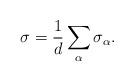
LaTeX: \begin{align*}\sigma=\frac{1}{d}\sum_\alpha \sigma_\alpha.\end{align*}